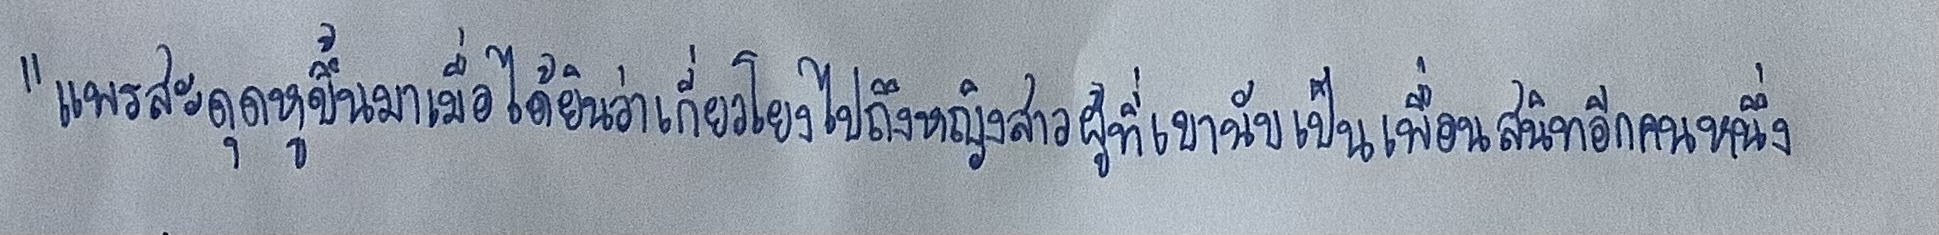
"แพรสะดุดหูขึ้นมาเมื่อได้ยินว่าเกี่ยวโยงไปถึงหญิงสาวผู้ที่เขานับเป็นเพื่อนสนิทอีกคนหนึ่ง